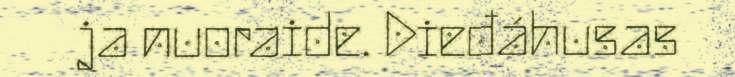
ja nuoraide. Dieđáhusas